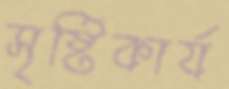
সৃষ্টিকার্য